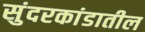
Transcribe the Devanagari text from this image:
सुंदरकांडातील